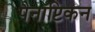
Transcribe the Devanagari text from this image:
पैनॉप्टिकन